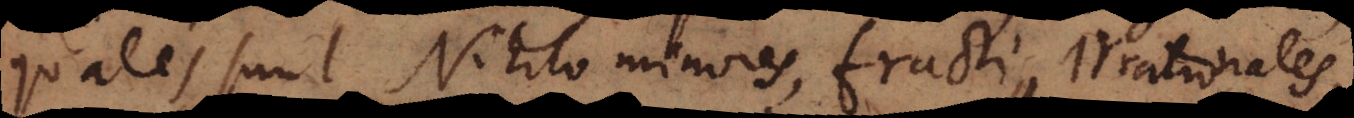
quales sunt Nihilo minores, fracti, Irrationales